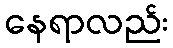
နေရာလည်း